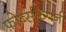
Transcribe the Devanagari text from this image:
फ़ोर्ब्सकंपनी